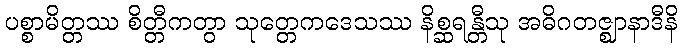
ပစ္စာမိတ္တဿ စိတ္တီကတွာ သုတ္တေကဒေသဿ နိစ္ဆရန္တီသု အဓိဂတဇ္ဈာနာဒီနိ